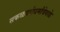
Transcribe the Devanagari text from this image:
सकळवर्णधर्मांवेगळे